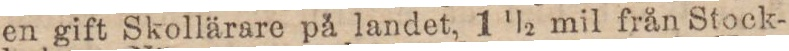
en gift Skollärare på landet, 1 1/2 mil från Stock-